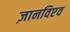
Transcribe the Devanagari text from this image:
ज़ानविएव